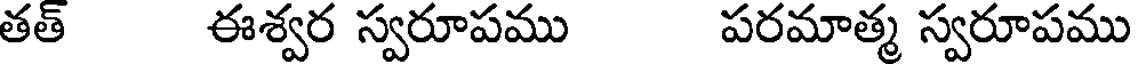
తత్ ఈశ్వర స్వరూపము పరమాత్మ స్వరూపము